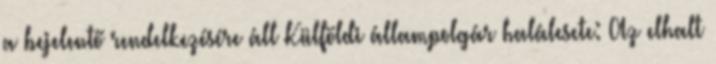
a bejelentő rendelkezésére áll Külföldi állampolgár halálesete: Az elhalt